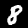
Label: 8